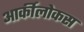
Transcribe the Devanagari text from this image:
आर्कीलोकस